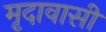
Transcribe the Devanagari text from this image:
मृदावासी